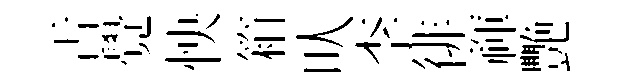
舌覺怏箱㕥李徘禈艷